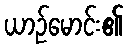
ယာဉ်မောင်း၏